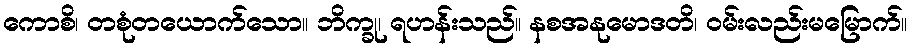
ကောစိ၊ တစုံတယောက်သော။ ဘိက္ခု၊ ရဟန်းသည်။ နစအနုမောဒတိ၊ ဝမ်းလည်းမမြောက်။